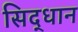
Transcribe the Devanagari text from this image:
सिद्धान